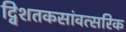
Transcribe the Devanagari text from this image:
द्विशतकसांवत्सरिक